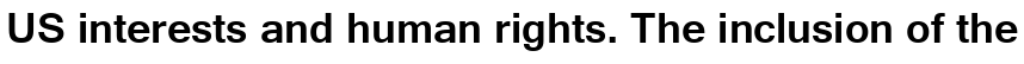
US interests and human rights. The inclusion of the